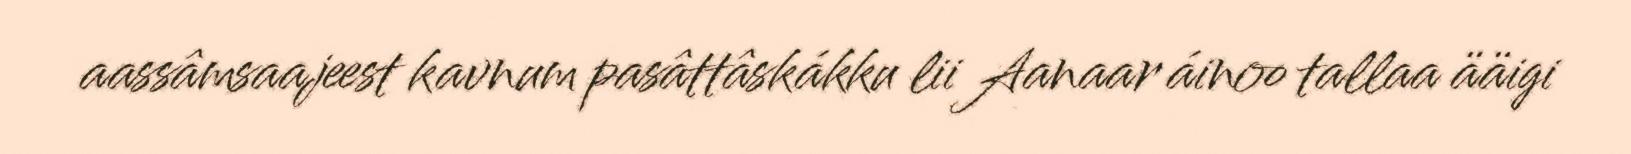
aassâmsaajeest kavnum pasâttâskákku lii Aanaar áinoo tallaa ääigi